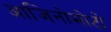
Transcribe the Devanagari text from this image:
आजिनोमोटो